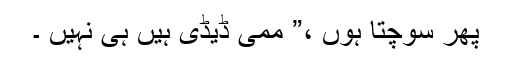
پھر سوچتا ہوں ،” ممی ڈیڈی ہیں ہی نہیں ۔